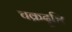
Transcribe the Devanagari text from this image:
चक्रदृष्टि